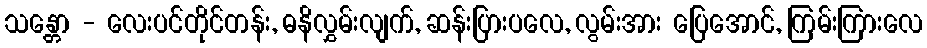
သန္တော - လေးပင်တိုင်တန်း, ဓနိလွှမ်းလျက်, ဆန်းပြားပလေ, လွမ်းအား ပြေအောင်, ကြမ်းကြားလေ